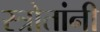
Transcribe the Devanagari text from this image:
स्त्रोतांनी